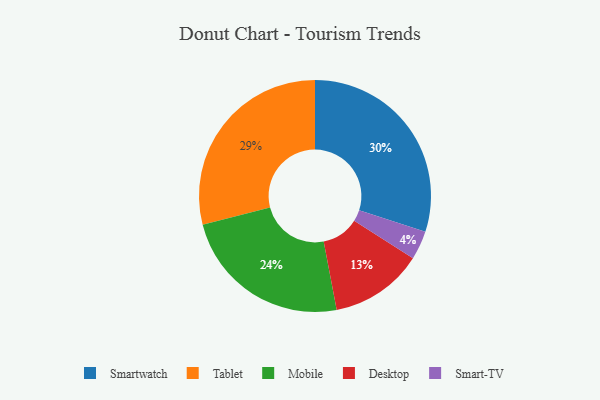
{"axis": {"x": "Category", "y": "Percentage"}, "legend": ["Desktop", "Mobile", "Smart-TV", "Smartwatch", "Tablet"], "data": [{"x": "Tablet", "y": 29, "type": "Tablet"}, {"x": "Smart-TV", "y": 4, "type": "Smart-TV"}, {"x": "Desktop", "y": 13, "type": "Desktop"}, {"x": "Mobile", "y": 24, "type": "Mobile"}, {"x": "Smartwatch", "y": 30, "type": "Smartwatch"}]}